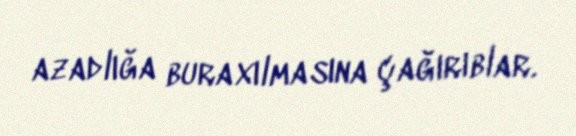
azadlığa buraxılmasına çağırıblar.